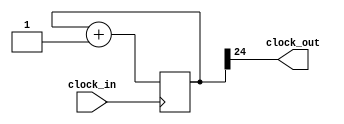
`timescale 1ns / 1ps
//////////////////////////////////////////////////////////////////////////////////
// Company: 
// Engineer: 
// 
// Design Name: 
// Module Name: clock_divider_3
// Project Name: 
// Target Devices: 
// Tool Versions: 
// Description: 
// 
// Dependencies: 
// 
// Revision:
// Revision 0.01 - File Created
// Additional Comments:
// 
//////////////////////////////////////////////////////////////////////////////////


module clock_divider_3(
    input clock_in,
    output clock_out
    );
    
    reg [24:0] counter = 25'b0; // 3Hz
    
    always @ (posedge clock_in) begin
        counter <= counter + 25'b1;
    end
    
    assign clock_out = counter[24];
    
endmodule